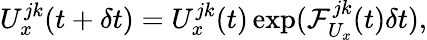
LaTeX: U_{x}^{jk}(t+\delta t)=U_{x}^{jk}(t)\exp(\mathcal{F}_{U_{x}}^{jk}(t)\delta t),